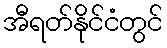
အီရတ်နိုင်ငံတွင်